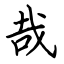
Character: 哉